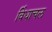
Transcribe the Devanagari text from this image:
विंधाचल